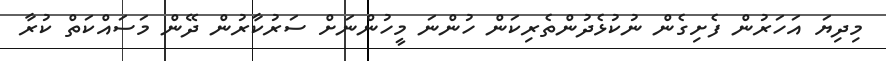
މިދިޔަ އަހަރުން ފެށިގެން ނުކުޅެދުންތެރިކަން ހުންނަ މީހުންނަށް ސަރުކާރުން ދޭން މަސައްކަތް ކުރާ